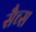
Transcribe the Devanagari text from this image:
सैच्‍स